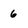
Character: 6